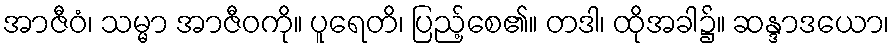
အာဇီဝံ၊ သမ္မာ အာဇီဝကို။ ပူရေတိ၊ ပြည့်စေ၏။ တဒါ၊ ထိုအခါ၌။ ဆန္ဒာဒယော၊